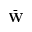
\bar { \bf W }